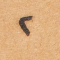
٢